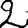
Digit: 2